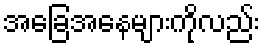
အခြေအနေများကိုလည်း